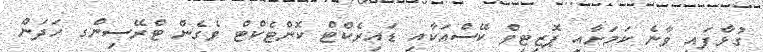
ގުޅާފައި ވާނެ ކަމަށާއި ޕޮޒިޓިވް ކޭސްއަކާއި ޑައިރެކްޓް ކޮންޓެކްޓް ވެގެން ޓްރޭސިންގ ހަދަން